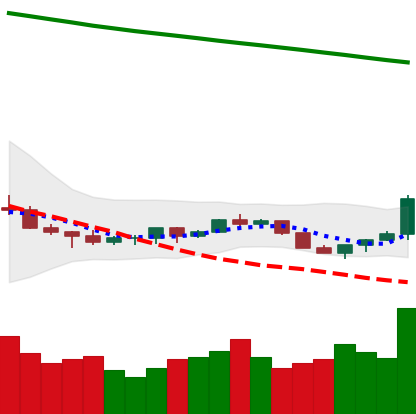
Ticker: ETC-USD
Chart end date: 2022-07-16
Forward return: 51.094%
Label: up_7plus